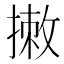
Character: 𢲆